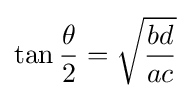
\displaystyle \tan {\frac {\theta }{2}}={\sqrt {\frac {bd}{ac}}}